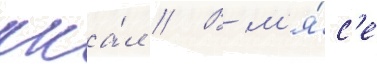
кка́л // В м'я́с'е